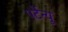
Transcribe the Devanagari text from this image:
पर्टेन्यू